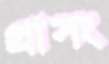
প্রাসং